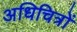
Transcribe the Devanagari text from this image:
अधिचित्रों